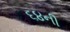
૬૪ની